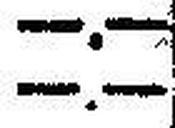
—.—